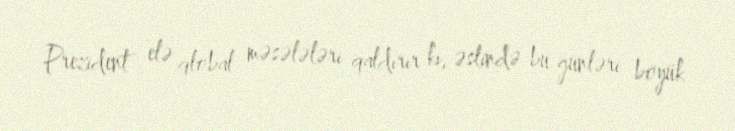
Prezident elə qlobal məsələləri qaldırır ki, əslində bu günləri böyük